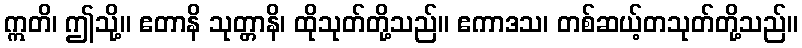
ဣတိ၊ ဤသို့။ ဧတာနိ သုတ္တာနိ၊ ထိုသုတ်တို့သည်။ ဧကာဒသ၊ တစ်ဆယ့်တသုတ်တို့သည်။